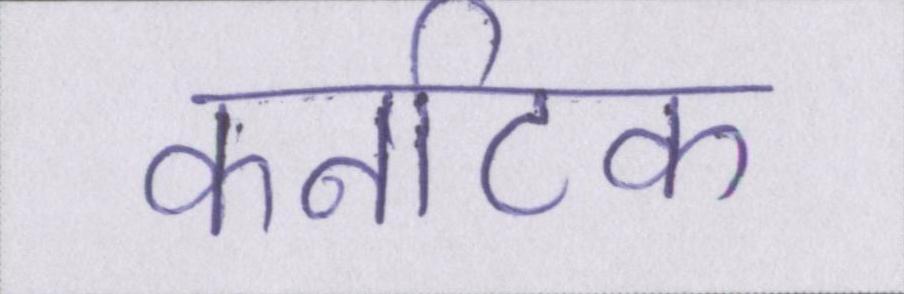
कर्नाटक